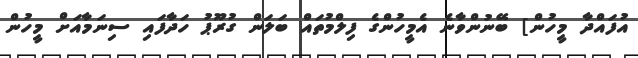
އުފައްދާ މީހުން] ބޭނުންވާނެ އެމީހުންގެ ފިލްމުތައް ބަލަން ގުރޫޕު ހަދާފައި ސިނަމާއަށް މީހުން